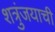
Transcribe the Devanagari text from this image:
शत्रुंजयाची